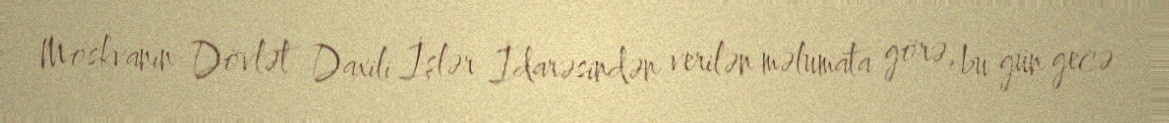
Moskvanın Dövlət Daxili İşlər İdarəsindən verilən məlumata görə, bu gün gecə